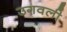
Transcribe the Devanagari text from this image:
उगवली